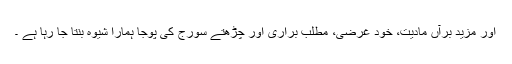
اور مزید برآں مادیت، خود غرضی، مطلب براری اور چڑھتے سورج کی پوجا ہمارا شیوہ بنتا جا رہا ہے ۔